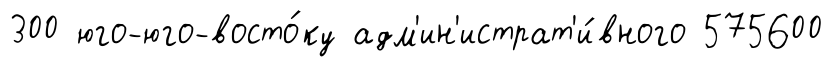
300 юго-юго-восто́ку адм'ин'истрат'и́вного 575600